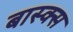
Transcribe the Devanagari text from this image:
बास्क्स